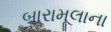
બારામૂલાના